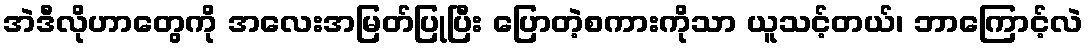
အဲဒီလိုဟာတွေကို အလေးအမြတ်ပြုပြီး ပြောတဲ့စကားကိုသာ ယူသင့်တယ်၊ ဘာကြောင့်လဲ